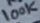
Text: 100K